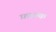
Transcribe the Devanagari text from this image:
फ़ारूक